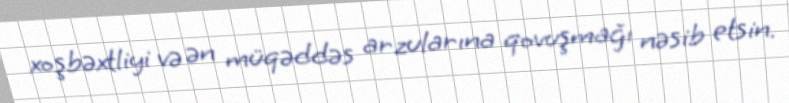
xoşbəxtliyi və ən müqəddəs arzularına qovuşmağı nəsib etsin.